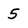
Character: 5